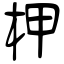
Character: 柙